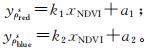
\begin{align}
y_{\mathrm{red}}^{\prime}&=k_{1}x_{\mathrm{NDVI}}+a_{1}\\
y_{\mathrm{blue}}^{\prime}&=k_{2}x_{\mathrm{NDVI}}+a_{2}
\end{align}